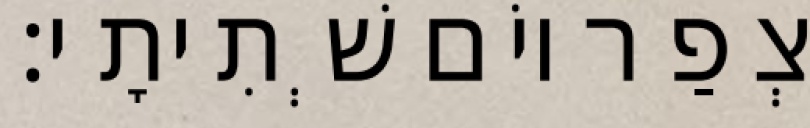
צְפַר יוֹם שְׁתִיתָי׃